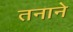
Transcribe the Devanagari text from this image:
तनाने